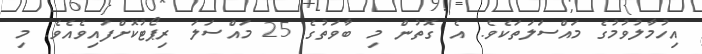
އިހުމާލުވުމުގެ މައްސަލަތަކެވެ. އެ ގޮތުން މި ބާވަތުގެ 25 މައްސަލަ ރިޕޯޓުކޮށްފައިވެއެވެ. މި